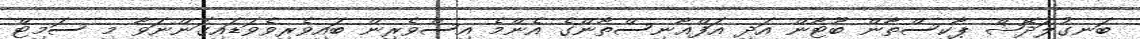
ބަނގުލަދޭޝް ޕާކިސްތާން ބޫޓާން އަދި އަފްޣާނިސްތާންގެ އެންމެ އިސްވެރިން ބައިވެރިވެވަޑައިގަންނަވާ މި ސަމިޓް